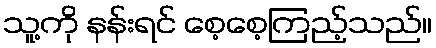
သူ့ကို နန်းရင် စေ့စေ့ကြည့်သည်။